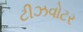
ટીઝવોટર